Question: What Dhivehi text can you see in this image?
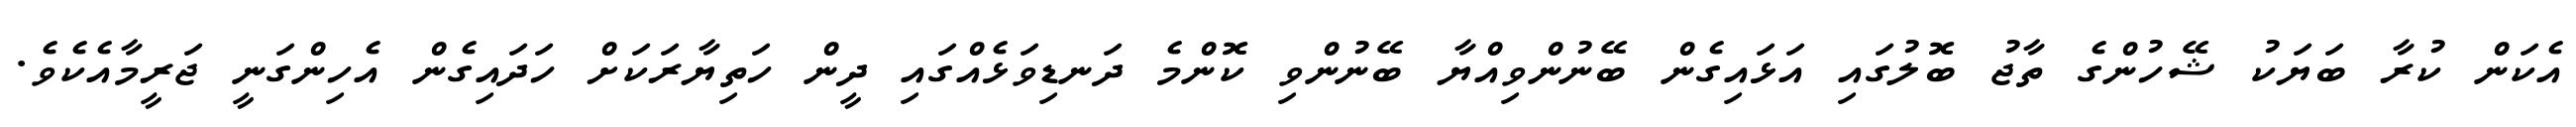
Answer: އެކަން ކުރާ ބަޔަކު ޝޭހުންގެ ތާޖު ބޮލުގައި އަޅައިގެން ބޭނުންވިއްޔާ ބޭނުންވި ކޮންމެ ދަނޑިވަޅެއްގައި ދީން ހަތިޔާރަކަށް ހަދައިގެން އެހިންގަނީ ޖަރީމާއެކެވެ.